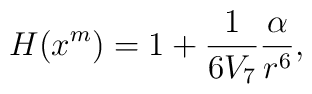
H(x^m) = 1 + \frac{1}{6 V_{7}} \frac{\alpha}{r^6},